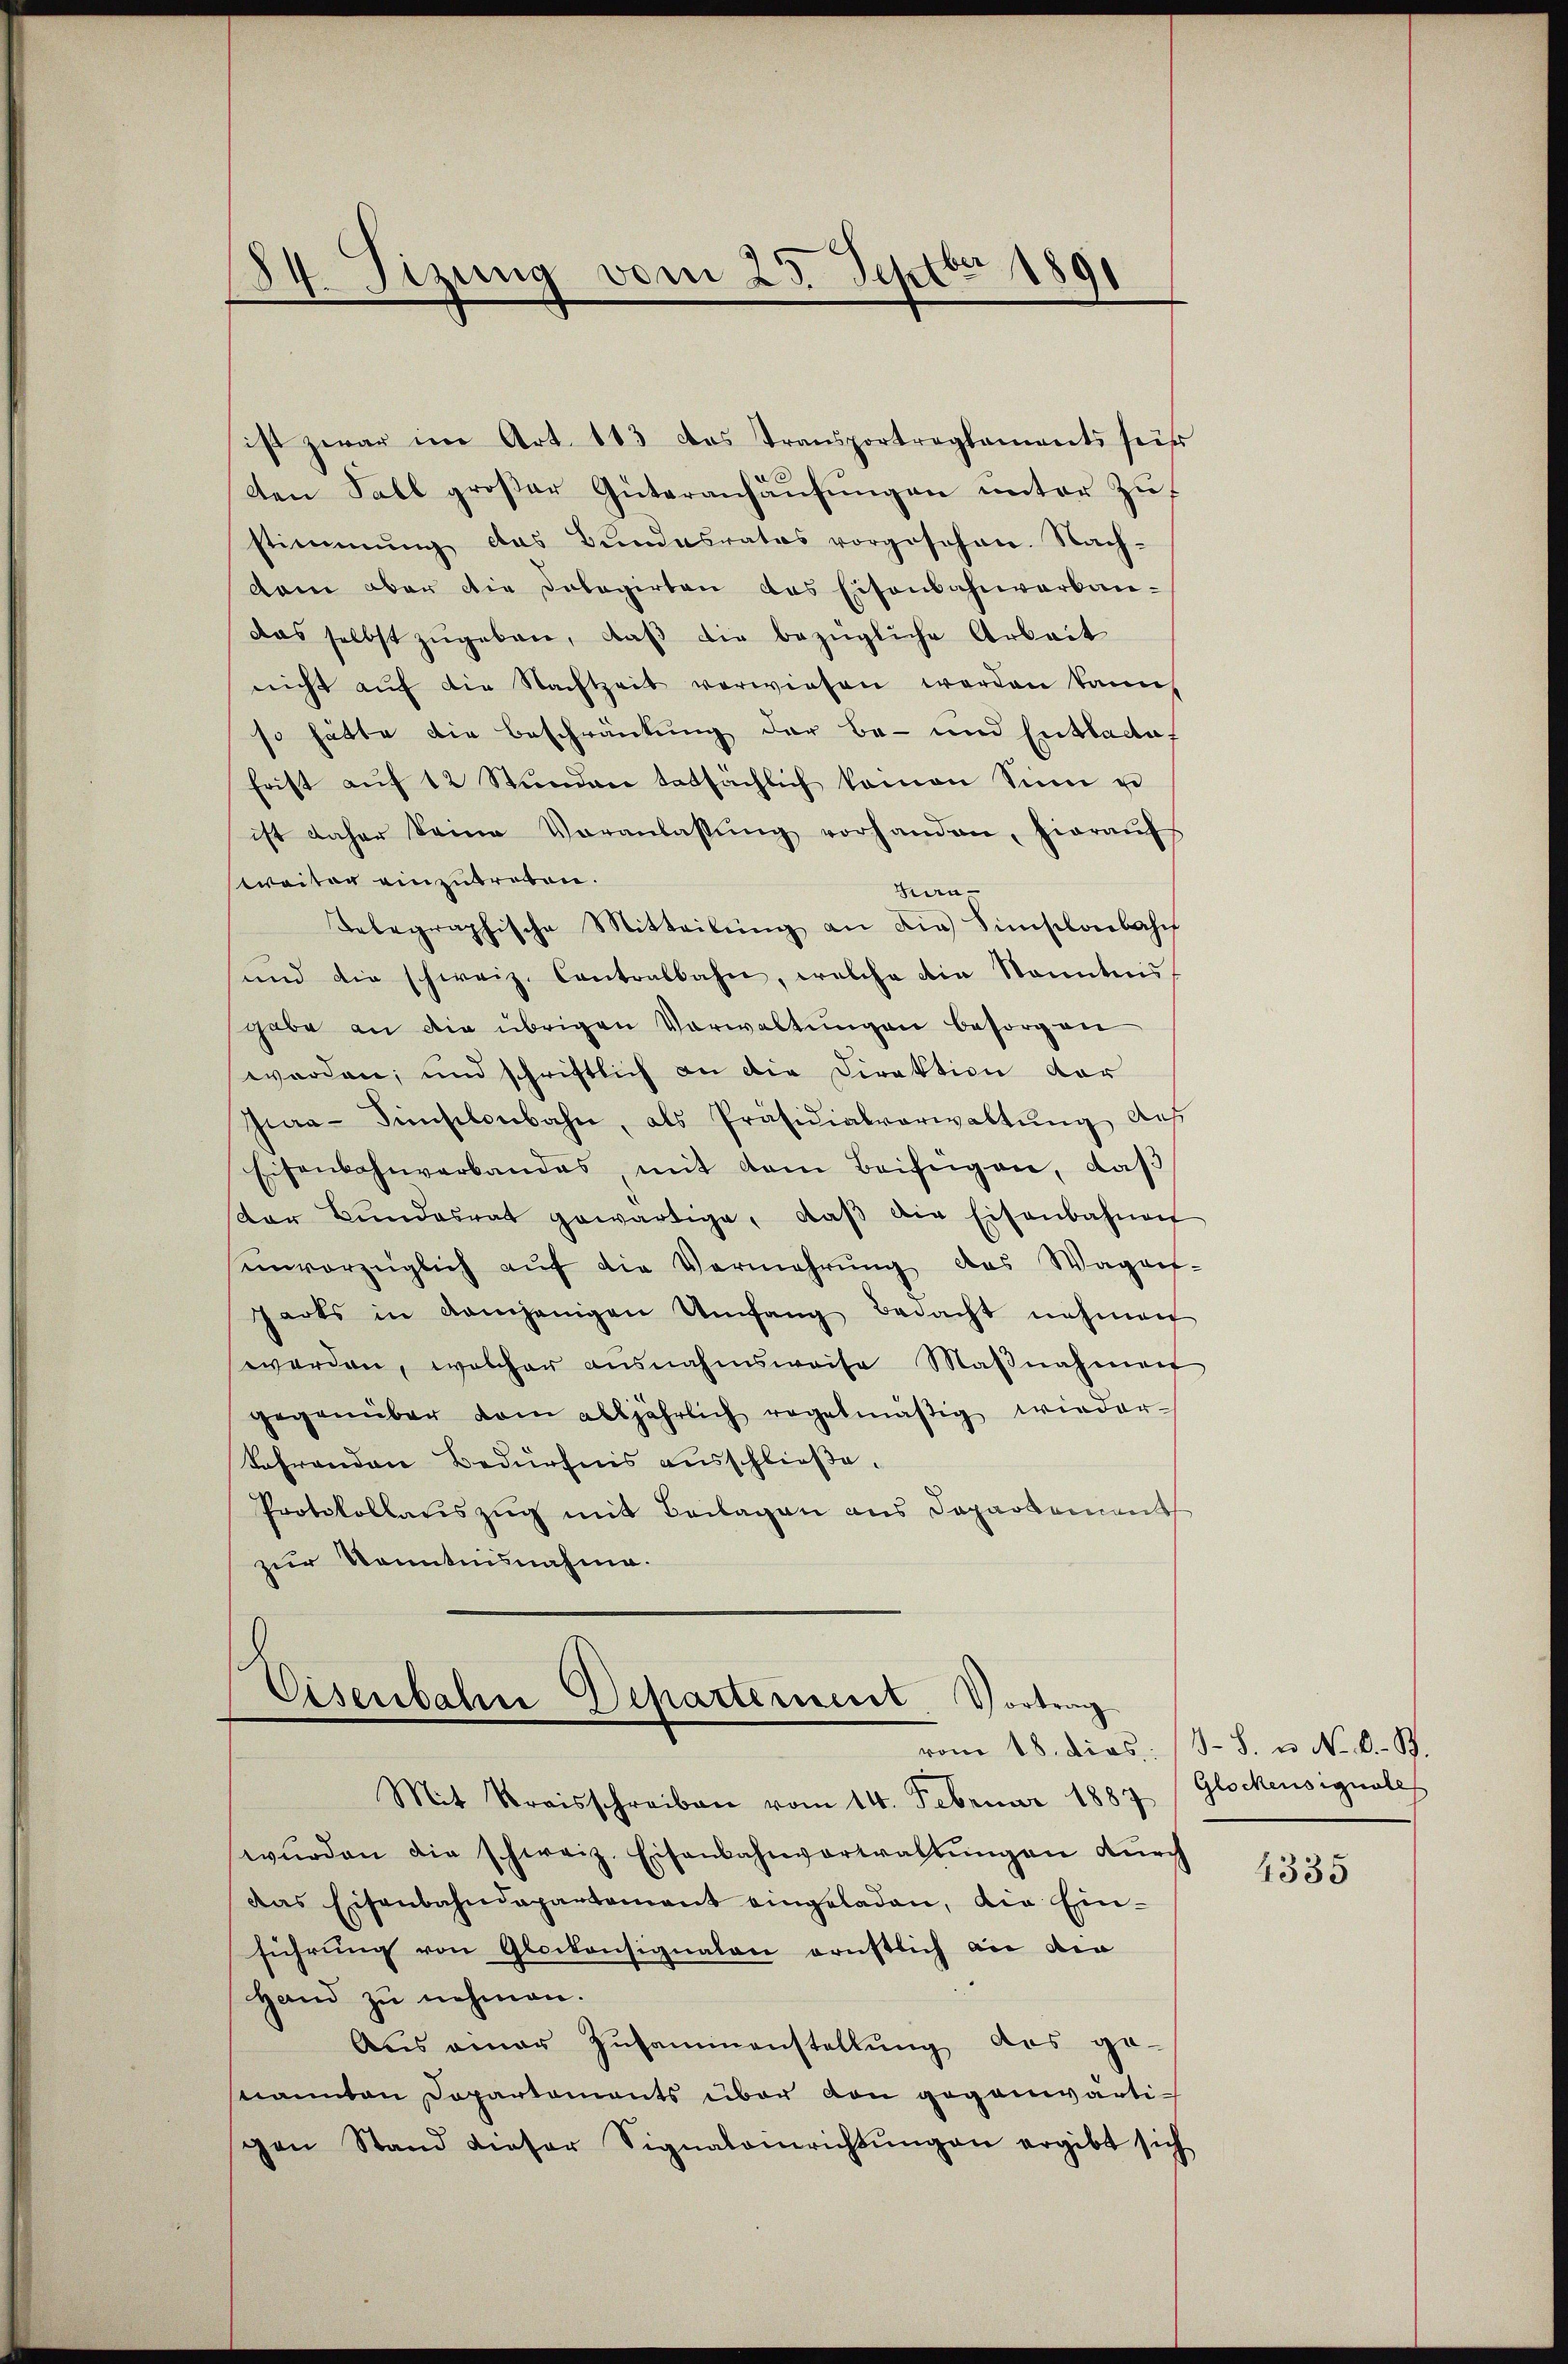
d
34. Tizung vom 25. Septbr 1891

ist daher keine Veranlassŭng vorhanden, hieraŭf
weiter einzutreten.
Haa¬
Telegraphische Mitteilŭng an die Sinischenbah
und die schweiz. Contralbahn, welche die Sonntnis
gabe an die übrigen Verwaltungen besorgen
werden, und schriftlich an die Direktion vor
Jua-Simsilonbahn, als Präsidialverwaltung des
Eisenbahnverbandes, mit dem Beifügen, daß
er Bŭndesrat gewärtige, daβ die Eisenbahnen
unvorzüglich aŭf die Vermehrung des Wagen-
harts in demjenigen Umfang bedacht nehmen
worden, welcher ausnahmsweise Maβnahment
gegenüber dem alljährlich regelmäβig wieder-
kehrenden Bedürfnis ausschließe.
Protokollauszug mit Beilagen aus Dapartement
zur Kenntnisnahme.

ist zwar im Art. 113 das Transportreglements für
den Sall großer Güteranhäufungen unter Zustimmung das Bundesrates vorgesehen. Nach-
dam aber die Polagirten das Eisenbahnverkandas selbst zŭgeben, daβ die bezügliche Arbeit
nicht aŭf die Nachtzeit verwiesen worden kann
so hätte die Beschränkung der be- und Entladet
frist aŭf 12 Stunden tatsächlich keinen Sinn u

Eisenbahne Departement. Vortrag

Mit Kreisschreiben vom 14. Februar 1887 (Glockensignale
wŭrden die schweiz. Eisenbahnverwaltŭngen dŭrch
Das Eisenbahndepartamant eingeladen, die Ein-
führung von Glockonsignalen ernstlich an die
Hand zŭ nehmen.
Aus einer Zusammenstellung des ge-
nannten Departements über von gegenwärtigen Stand dieser Signatairichtŭngen ergibt sich

vom 18. dies: (8. 8. u. No. 8. B.

4335